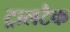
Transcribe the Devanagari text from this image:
ट्रालटैक